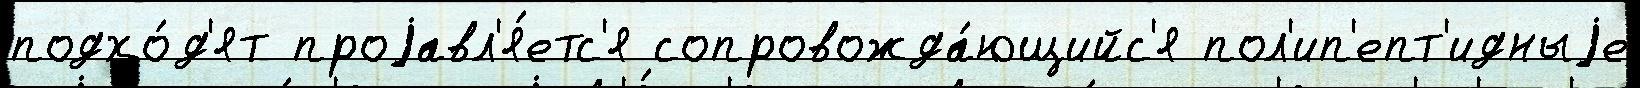
подхо́д'ят проjавл'я́етс'я сопровожда́ющийс'я пол'ип'епт'идныjе